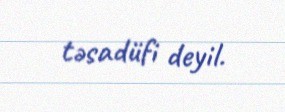
təsadüfi deyil.